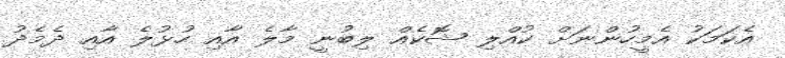
އެކަމަކު އެމީހުންނަށް ކުއްލި ޝޮކެއް ލިބުނީ މާލެ އާއި ހުޅުލެ އާއި ދެމެދު